Civil Veterinary Department ledger series I-VI
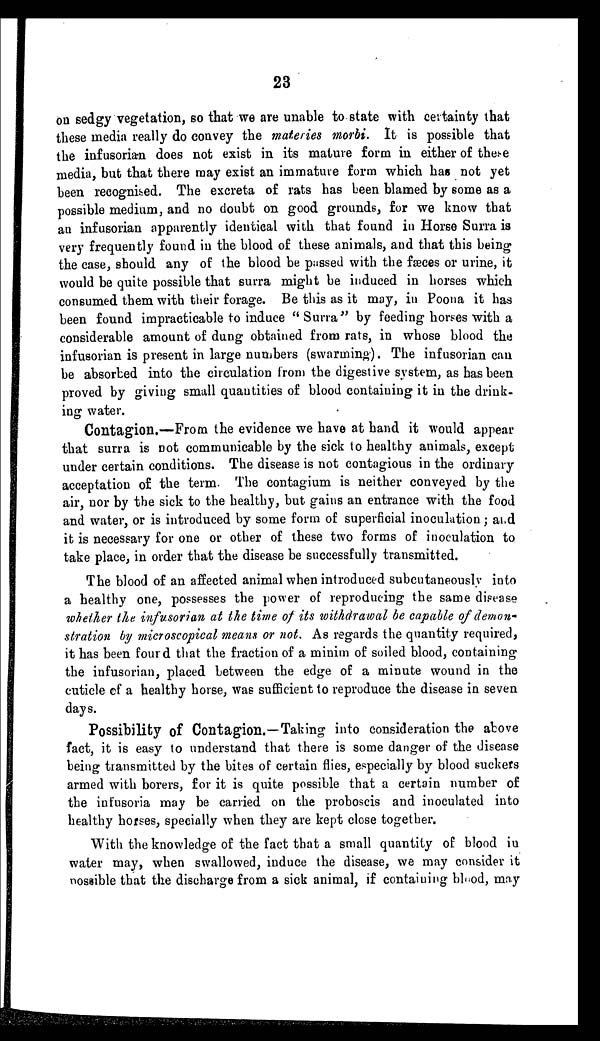
23
on sedgy vegetation, so that we are unable to state with certainty that
these media really do convey the materies morbi. It is possible that
the infusorian does not exist in its mature form in either of these
media, but that there may exist an immature form which has not yet
been recognised. The excreta of rats has been blamed by some as a
possible medium, and no doubt on good grounds, for we know that
an infusorian apparently identical with that found in Horse Surra is
very frequently found in the blood of these animals, and that this being
the case, should any of the blood be passed with the fæces or urine, it
would be quite possible that surra might be induced in horses which
consumed them with their forage. Be this as it may, in Poona it has
been found impracticable to induce "Surra" by feeding horses with a
considerable amount of dung obtained from rats, in whose blood the
infusorian is present in large numbers (swarming). The infusorian can
be absorbed into the circulation from the digestive system, as has been
proved by giving small quantities of blood containing it in the drink-
ing water.
Contagion.—From the evidence we have at hand it would appear
that surra is not communicable by the sick to healthy animals, except
under certain conditions. The disease is not contagious in the ordinary
acceptation of the term. The contagium is neither conveyed by the
air, nor by the sick to the healthy, but gains an entrance with the food
and water, or is introduced by some form of superficial inoculation; and
it is necessary for one or other of these two forms of inoculation to
take place, in order that the disease be successfully transmitted.
The blood of an affected animal when introduced subcutaneously into
a healthy one, possesses the power of reproducing the same disease
whether the infusorian at the time of its withdrawal be capable of demon-
stration by microscopical means or not. As regards the quantity required,
it has been fourd that the fraction of a minim of soiled blood, containing
the infusorian, placed between the edge of a minute wound in the
cuticle of a healthy horse, was sufficient to reproduce the disease in seven
days.
Possibility of Contagion.—Taking into consideration the above
fact, it is easy to understand that there is some danger of the disease
being transmitted by the bites of certain flies, especially by blood suckers
armed with borers, for it is quite possible that a certain number of
the infusoria may be carried on the proboscis and inoculated into
healthy horses, specially when they are kept close together.
With the knowledge of the fact that a small quantity of blood in
water may, when swallowed, induce the disease, we may consider it
possible that the discharge from a sick animal, if containing blood, may